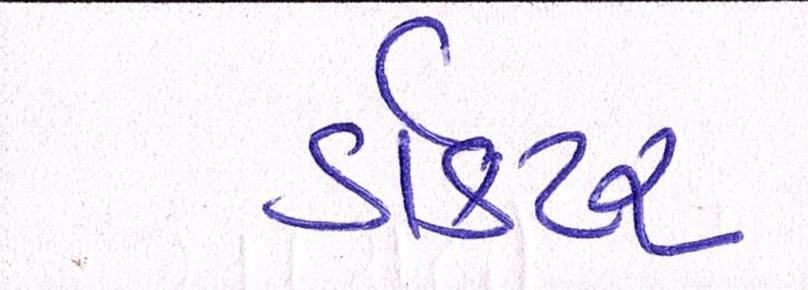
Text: ડૉક્ટર